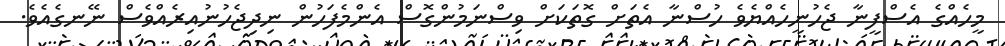
މީހެއްގެ އެސްފީނާ ޖެހުނީހެއްޔެވެ ހުސްނާ އެތަށް ގޮތަކަށް ވިސްނަމުންގޮސް އެންމެފަހުން ނިދިޖެހުނުއިރެއްވެސް ނޭނގެއެވެ.